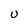
Character: U